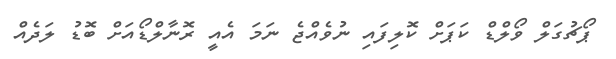
ޕޯޗުގަލް ވޯލްޑް ކަޕަށް ކޮލިފައި ނުވެއްޖެ ނަމަ އެއީ ރޮނާލްޑޯއަށް ބޮޑު ލަދެއް